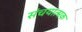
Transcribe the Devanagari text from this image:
संचयात्मक